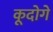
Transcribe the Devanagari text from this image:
कूदोगे